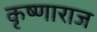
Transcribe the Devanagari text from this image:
कृष्णाराज